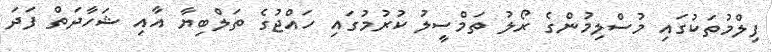
ފިލްމުތަކުގައި މުސްލިމުންގެ ރޯލު ތަމްސީލު ކުރުމުގައި ހައްޖުގެ ތަލްބިޔާ އާއި ޝަހާދަތް ފަދަ